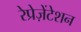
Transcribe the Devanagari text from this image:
रेप्रेज़ेंटेशन